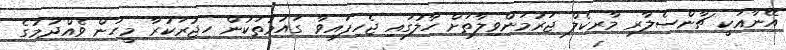
އޭނާއަކީ ޗާންސެލާރ މާރކެލް ޖަރުމަންވިލާތަށް ހާލުގައި ޖެހިފައިވާ ގައުމުތަކުން ހިޖުރަކުރާ މީހުން ވެއްދުމުގެ